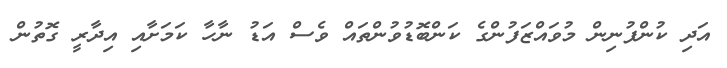
އަދި ކުންފުނިން މުވައްޒަފުންގެ ކަންބޮޑުވުންތައް ވެސް އަޑު ނާހާ ކަމަށާއި އިދާރީ ގޮތުން